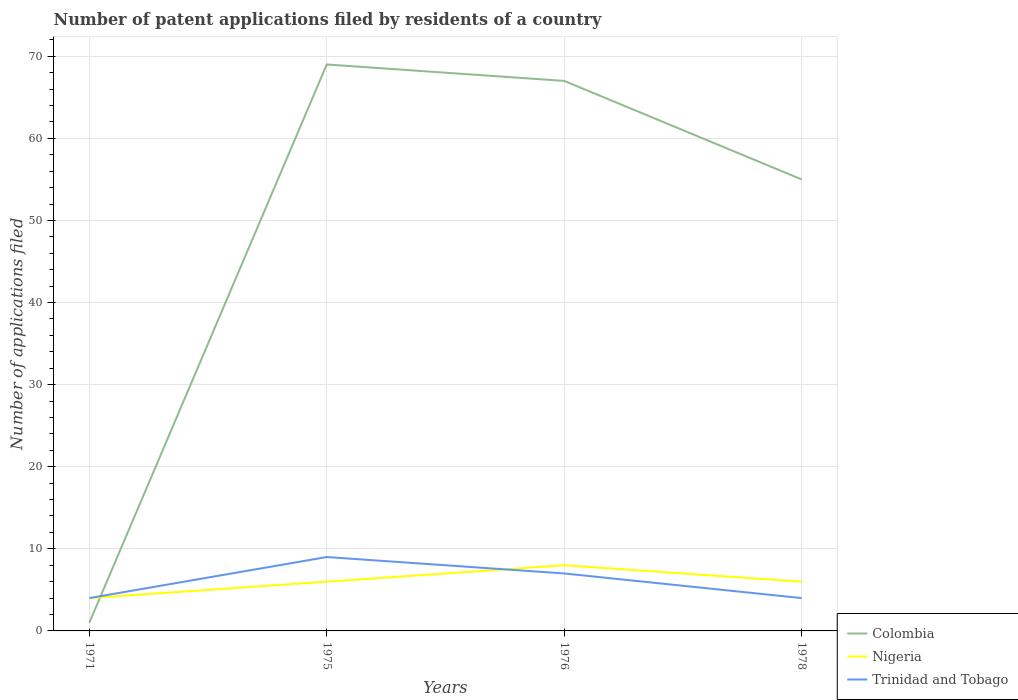
| Years | Colombia | Nigeria | Trinidad and Tobago |
 | --- | --- | --- | --- |
 | 1971 | 1 | 4 | 4 |
 | 1975 | 69 | 6 | 9 |
 | 1976 | 67 | 8 | 7 |
 | 1978 | 55 | 6 | 4 |